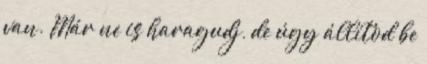
van. Már ne is haragudj, de úgy állítod be